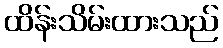
ထိန်းသိမ်းထားသည်